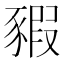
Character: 豭